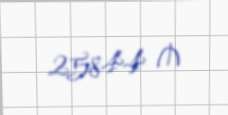
25844 ₼